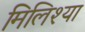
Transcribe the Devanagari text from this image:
मिलिश्या